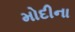
મોદીના